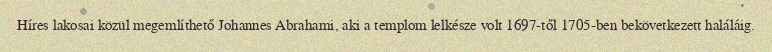
Híres lakosai közül megemlíthető Johannes Abrahami, aki a templom lelkésze volt 1697-től 1705-ben bekövetkezett haláláig.